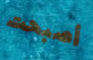
أصبحت